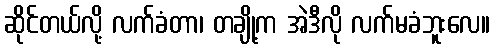
ဆိုင်တယ်လို့ လက်ခံတာ၊ တချို့က အဲဒီလို လက်မခံဘူးလေ။